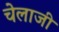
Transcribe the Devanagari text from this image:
चेलाजी